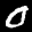
Label: 0